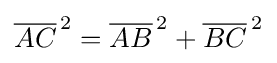
{\overline {AC}}^{\,2}={\overline {AB}}^{\,2}+{\overline {BC}}^{\,2}